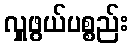
လှူဖွယ်ပစ္စည်း